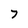
Character: 7